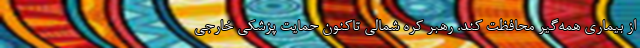
از بیماری همه‌گیر محافظت کند. رهبر کره شمالی تاکنون حمایت پزشکی خارجی